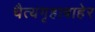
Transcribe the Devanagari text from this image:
चैत्यगृहाबाहेर